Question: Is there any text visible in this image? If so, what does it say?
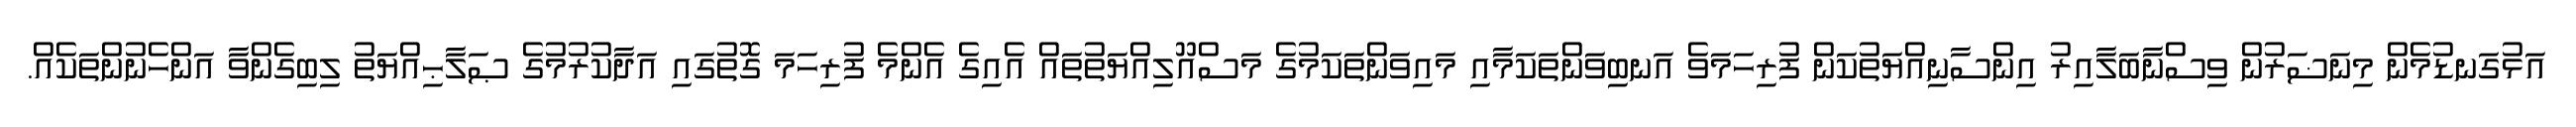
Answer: އަޅުގަނޑުމެން މިނަޟަރުން ވިސްނާބަލާއިރު އިންސާނިއްޔަތުކަން ފުރިހަމަވެ އަނބިވަންތަކަމާއި މައިވަންތަކަމުގެ މަސްއޫލިއްޔަތުތައް އެއިގެ އެންމެ ފުރިހަމަ ގޮތުގައި އަދާކުރުމުގެ ޞަލާޙިއްޔަތު ލިބިގެންވާ އަންހެނުންތަކެއް.